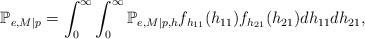
LaTeX: \begin{align*}\mathbb{P}_{e,M|p} = \int_0^\infty \int_0^\infty \mathbb{P}_{e,M|p,h}f_{h_{11}}(h_{11}) f_{h_{21}}(h_{21}) dh_{11}dh_{21},\end{align*}